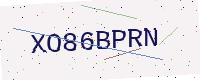
Text: XO86BPRN